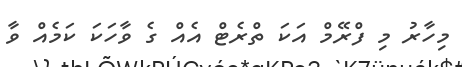
މިހާރު މި ފްރޭމް އަކަ ތްރެޓް އެއް ގެ ވާހަކަ ކަމެއް ވާ